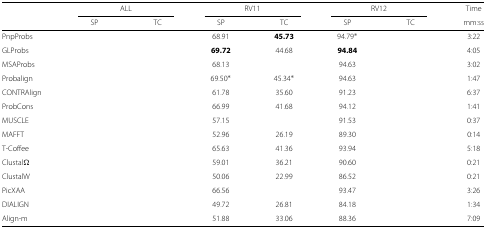
<table><thead><tr><td>[EMPTY_CELL]</td><td colspan="2"><b>ALL</b></td><td colspan="2"><b>RV11</b></td><td colspan="2"><b>RV12</b></td><td><b>Time</b></td></tr><tr><td>[EMPTY_CELL]</td><td><b>SP</b></td><td><b>TC</b></td><td><b>SP</b></td><td><b>TC</b></td><td><b>SP</b></td><td><b>TC</b></td><td><b>mm:ss</b></td></tr></thead><tbody><tr><td>PnpProbs</td><td>[EMPTY_CELL]</td><td>[EMPTY_CELL]</td><td>68.91</td><td><b>45.73</b></td><td>94.79 <sup>∗</sup></td><td>[EMPTY_CELL]</td><td>3:22</td></tr><tr><td>GLProbs</td><td>[EMPTY_CELL]</td><td>[EMPTY_CELL]</td><td><b>69.72</b></td><td>44.68</td><td><b>94.84</b></td><td>[EMPTY_CELL]</td><td>4:05</td></tr><tr><td>MSAProbs</td><td>[EMPTY_CELL]</td><td>[EMPTY_CELL]</td><td>68.13</td><td>[EMPTY_CELL]</td><td>94.63</td><td>[EMPTY_CELL]</td><td>3:02</td></tr><tr><td>Probalign</td><td>[EMPTY_CELL]</td><td>[EMPTY_CELL]</td><td>69.50 <sup>∗</sup></td><td>45.34 <sup>∗</sup></td><td>94.63</td><td>[EMPTY_CELL]</td><td>1:47</td></tr><tr><td>CONTRAlign</td><td>[EMPTY_CELL]</td><td>[EMPTY_CELL]</td><td>61.78</td><td>35.60</td><td>91.23</td><td>[EMPTY_CELL]</td><td>6:37</td></tr><tr><td>ProbCons</td><td>[EMPTY_CELL]</td><td>[EMPTY_CELL]</td><td>66.99</td><td>41.68</td><td>94.12</td><td>[EMPTY_CELL]</td><td>1:41</td></tr><tr><td>MUSCLE</td><td>[EMPTY_CELL]</td><td>[EMPTY_CELL]</td><td>57.15</td><td>[EMPTY_CELL]</td><td>91.53</td><td>[EMPTY_CELL]</td><td>0:37</td></tr><tr><td>MAFFT</td><td>[EMPTY_CELL]</td><td>[EMPTY_CELL]</td><td>52.96</td><td>26.19</td><td>89.30</td><td>[EMPTY_CELL]</td><td>0:14</td></tr><tr><td>T-Coffee</td><td>[EMPTY_CELL]</td><td>[EMPTY_CELL]</td><td>65.63</td><td>41.36</td><td>93.94</td><td>[EMPTY_CELL]</td><td>5:18</td></tr><tr><td>Clustal <i>Ω</i></td><td>[EMPTY_CELL]</td><td>[EMPTY_CELL]</td><td>59.01</td><td>36.21</td><td>90.60</td><td>[EMPTY_CELL]</td><td>0:21</td></tr><tr><td>ClustalW</td><td>[EMPTY_CELL]</td><td>[EMPTY_CELL]</td><td>50.06</td><td>22.99</td><td>86.52</td><td>[EMPTY_CELL]</td><td>0:21</td></tr><tr><td>PicXAA</td><td>[EMPTY_CELL]</td><td>[EMPTY_CELL]</td><td>66.56</td><td>[EMPTY_CELL]</td><td>93.47</td><td>[EMPTY_CELL]</td><td>3:26</td></tr><tr><td>DIALIGN</td><td>[EMPTY_CELL]</td><td>[EMPTY_CELL]</td><td>49.72</td><td>26.81</td><td>84.18</td><td>[EMPTY_CELL]</td><td>1:34</td></tr><tr><td>Align-m</td><td>[EMPTY_CELL]</td><td>[EMPTY_CELL]</td><td>51.88</td><td>33.06</td><td>88.36</td><td>[EMPTY_CELL]</td><td>7:09</td></tr></tbody></table>